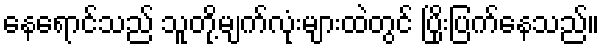
နေရောင်သည် သူတို့မျက်လုံးများထဲတွင် ပြိုးပြက်နေသည်။